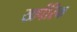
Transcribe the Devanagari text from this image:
खर्परिक